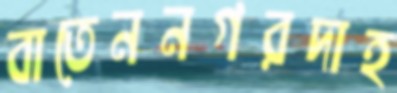
বাতেননগরদাহ